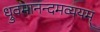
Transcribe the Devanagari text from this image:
ध्रुवमानन्दमव्ययम्